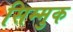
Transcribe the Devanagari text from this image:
सिम्मुक